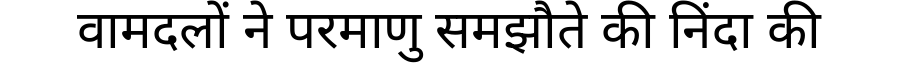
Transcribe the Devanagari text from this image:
वामदलों ने परमाणु समझौते की निंदा की